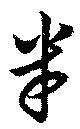
半